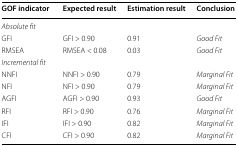
<table><thead><tr><td><b>GOF indicator</b></td><td><b>Expected result</b></td><td><b>Estimation result</b></td><td><b>Conclusion</b></td></tr></thead><tbody><tr><td colspan="4"><i>Absolute fit</i></td></tr><tr><td>GFI</td><td>GFI &gt; 0.90</td><td>0.91</td><td><i>Good Fit</i></td></tr><tr><td>RMSEA</td><td>RMSEA &lt; 0.08</td><td>0.03</td><td><i>Good Fit</i></td></tr><tr><td colspan="4"><i>Incremental fit</i></td></tr><tr><td>NNFI</td><td>NNFI &gt; 0.90</td><td>0.79</td><td><i>Marginal Fit</i></td></tr><tr><td>NFI</td><td>NFI &gt; 0.90</td><td>0.79</td><td><i>Marginal Fit</i></td></tr><tr><td>AGFI</td><td>AGFI &gt; 0.90</td><td>0.93</td><td><i>Good Fit</i></td></tr><tr><td>RFI</td><td>RFI &gt; 0.90</td><td>0.76</td><td><i>Marginal Fit</i></td></tr><tr><td>IFI</td><td>IFI &gt; 0.90</td><td>0.82</td><td><i>Marginal Fit</i></td></tr><tr><td>CFI</td><td>CFI &gt; 0.90</td><td>0.82</td><td><i>Marginal Fit</i></td></tr></tbody></table>